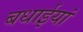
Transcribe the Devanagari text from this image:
बधाईयां